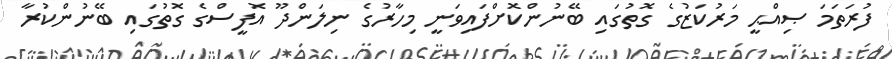
ފުރަތަމަ ޞިއްޙީ މަރުކަޒުގެ ގޮތުގައި ބޭނުންކޮށްފައިވަނީ މިހާރުގެ ނިލަންދޫ އޮފީސްގެ ގޮތުގައި ބޭނުންކުރާ